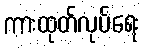
ကားထုတ်လုပ်ရေး